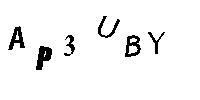
AP3UBY